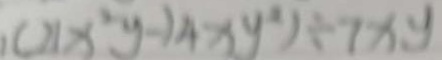
( x ^ { 2 } y - 1 4 x y ^ { 2 } ) \div 7 x y